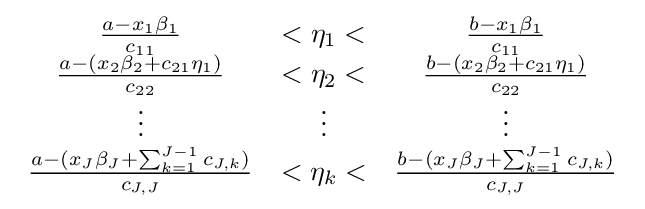
{\begin{array}{ccc}{\frac {a-x_{1}\beta _{1}}{c_{11}}}&<\eta _{1}<&{\frac {b-x_{1}\beta _{1}}{c_{11}}}\\{\frac {a-(x_{2}\beta _{2}+c_{21}\eta _{1})}{c_{22}}}&<\eta _{2}<&{\frac {b-(x_{2}\beta _{2}+c_{21}\eta _{1})}{c_{22}}}\\\vdots &\vdots &\vdots \\{\frac {a-(x_{J}\beta _{J}+\sum _{k=1}^{J-1}c_{J,k})}{c_{J,J}}}&<\eta _{k}<&{\frac {b-(x_{J}\beta _{J}+\sum _{k=1}^{J-1}c_{J,k})}{c_{J,J}}}\\\end{array}}